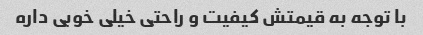
با توجه به قیمتش کیفیت و راحتی خیلی خوبی داره